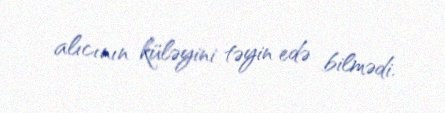
alıcının küləyini təyin edə bilmədi.